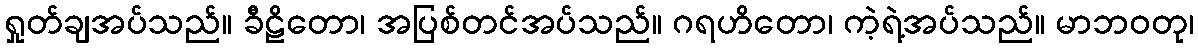
ရှုတ်ချအပ်သည်။ ခီဠိတော၊ အပြစ်တင်အပ်သည်။ ဂရဟိတော၊ ကဲ့ရဲ့အပ်သည်။ မာဘဝတု၊